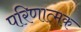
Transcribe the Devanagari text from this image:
परिणात्मक